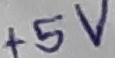
Text: +5v